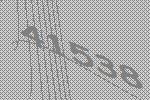
41538